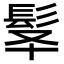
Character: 𩬋